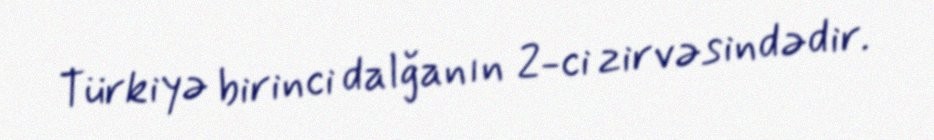
Türkiyə birinci dalğanın 2-ci zirvəsindədir.